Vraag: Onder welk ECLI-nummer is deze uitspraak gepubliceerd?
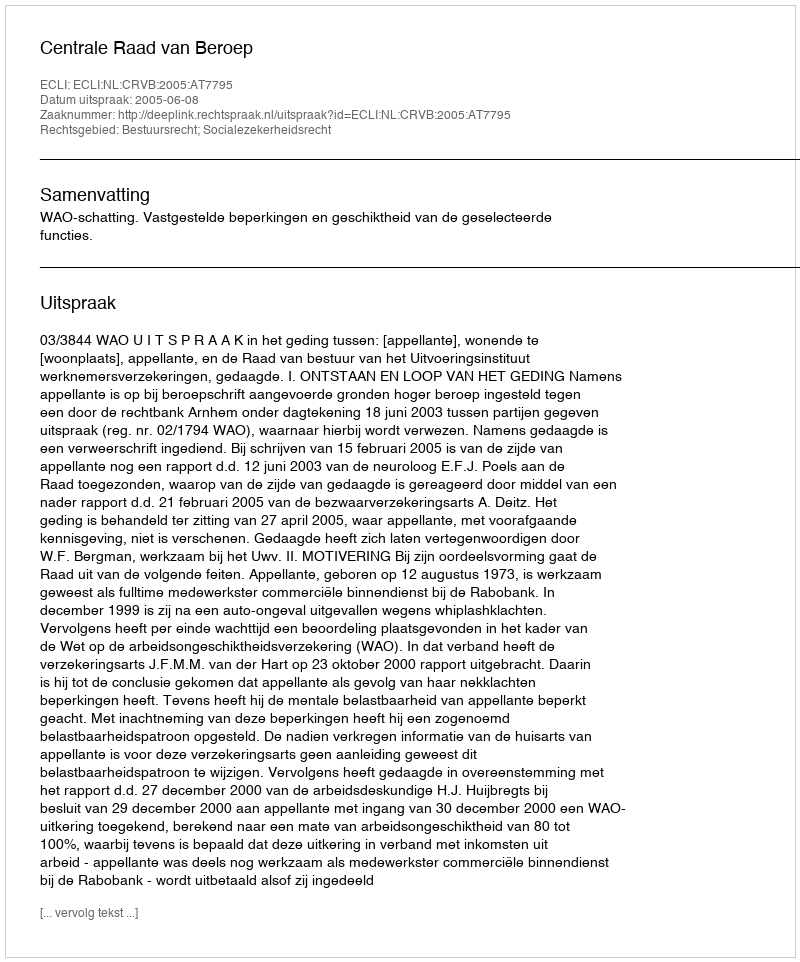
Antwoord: ECLI:NL:CRVB:2005:AT7795